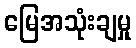
မြေအသုံးချမှု